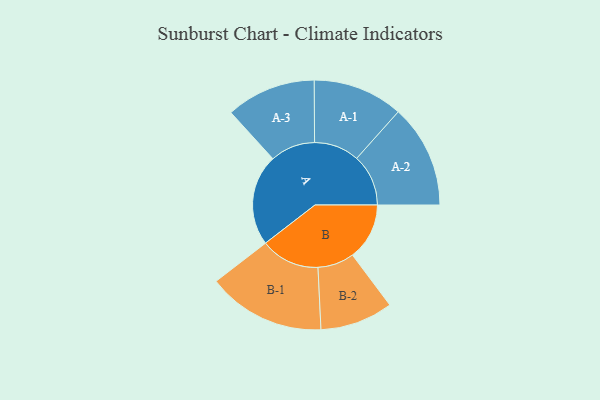
{"axis": {"x": "Segment", "y": "Value"}, "legend": ["", "A", "B"], "data": [{"x": "A", "y": 433, "type": ""}, {"x": "B", "y": 270, "type": ""}, {"x": "A-1", "y": 214, "type": "A"}, {"x": "A-2", "y": 245, "type": "A"}, {"x": "A-3", "y": 213, "type": "A"}, {"x": "B-1", "y": 280, "type": "B"}, {"x": "B-2", "y": 173, "type": "B"}]}